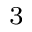
^ 3